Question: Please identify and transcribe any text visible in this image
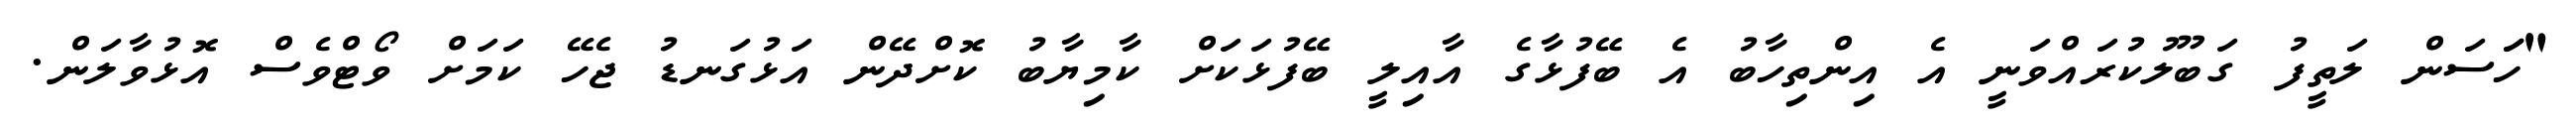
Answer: "ހަަސަން ލަތީފު ގަބޫލުކުރައްވަނީ އެ އިންތިހާބު އެ ބޭފުޅާގެ އާއިލީ ބޭފުޅަކަށް ކާމިޔާބު ކޮށްދޭން އަޅުގަނޑު ޖެހޭ ކަމަށް ވޯޓްވެސް އޮޅުވާލަން.